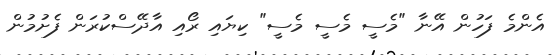
އެންމެ ފަހުން އޭނާ "މެސީ މެސީ މެސީ" ކިޔައި ރޯއި އާދޭސްކުރަން ފެށުމުން